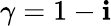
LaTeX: \gamma=1-\mathbf{i}